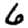
Digit: 6